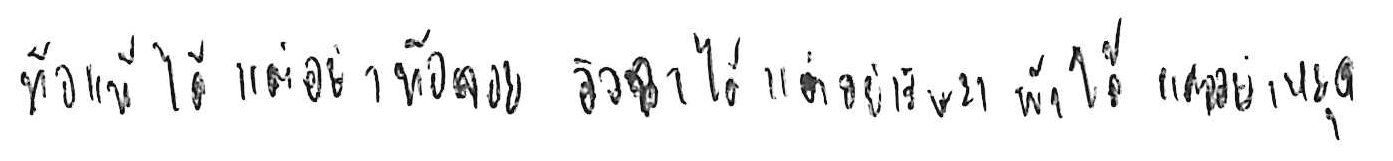
ท้อแท้ได้ แต่อย่าท้อถอย อิจฉาได้ แต่อย่าริษยา พักได้ แต่อย่าหยุด